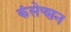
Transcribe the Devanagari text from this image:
कंसेप्शन